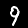
Digit: 9